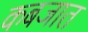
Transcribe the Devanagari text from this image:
कबजात